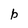
Character: b